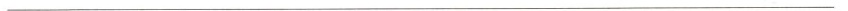
___